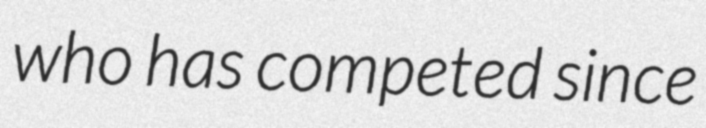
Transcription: who has competed since